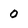
Character: 0